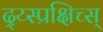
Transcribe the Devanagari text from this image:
द्य्स्प्रक्षिच्स्